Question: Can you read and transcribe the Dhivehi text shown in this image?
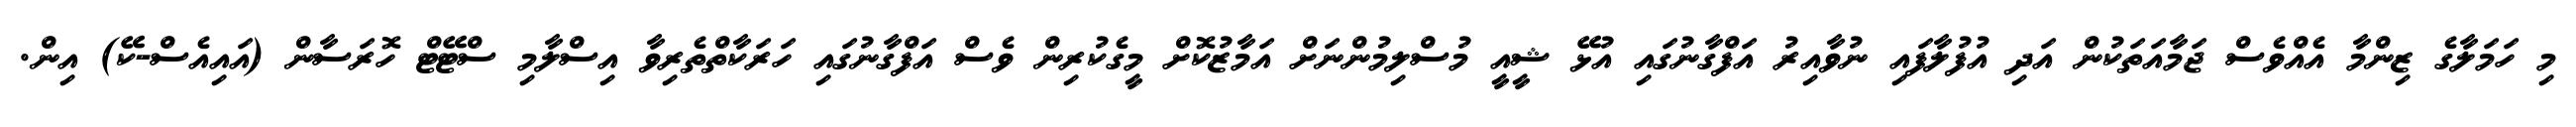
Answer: މި ހަމަލާގެ ޒިންމާ އެއްވެސް ޖަމާއަތަކުން އަދި އުފުލާފައި ނުވާއިރު އަފްގާނުގައި އުޅޭ ޝީއީ މުސްލިމުންނަށް އަމާޒުކޮށް މީގެކުރިން ވެސް އަފްގާނުގައި ހަރަކާތްތެރިވާ އިސްލާމި ސްޓޭޓް ހޮރަސާން (އައިއެސް-ކޭ) އިން.